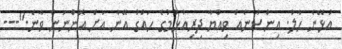
އުޅޭނެ ހާލު. އިންސާނެއް ވިއްޔާ ދިރިއުޅުމުގެ ހައްގު އޭނާ އަށް އޮންނަން ވާނެ."---